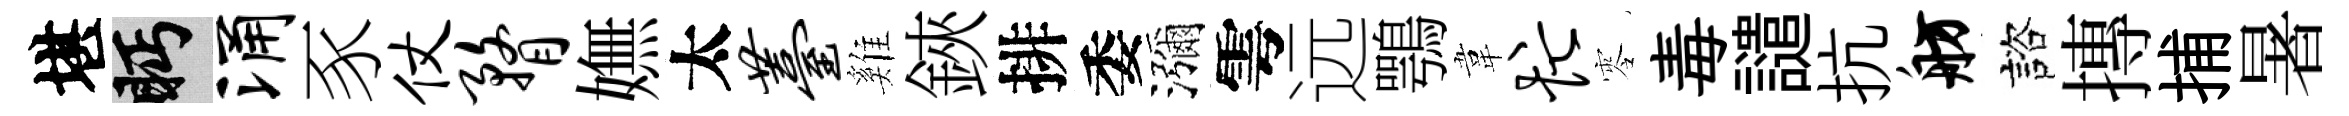
堪眄涌豕仗瞀嫵太薹雞鋏排委瀰雩远鶚韋忙零毒譴抗舫諮摶捕暑